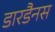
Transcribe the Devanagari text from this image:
डारडैनस